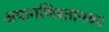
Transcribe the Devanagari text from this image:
अफगणिस्तानवर